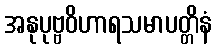
အနုပုဗ္ဗဝိဟာရသမာပတ္တိနံ